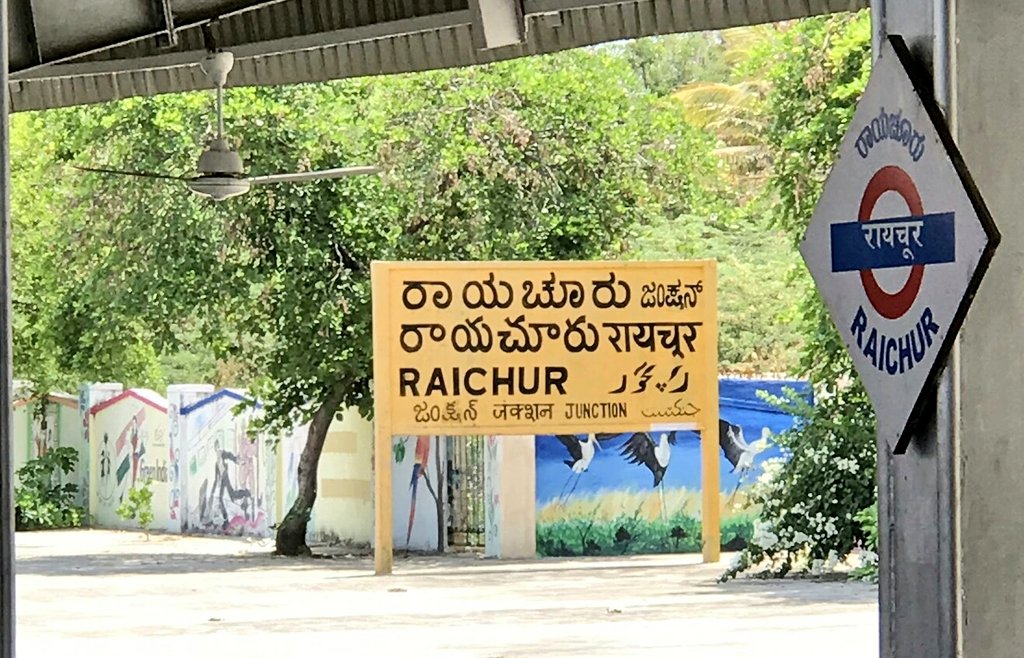
Language: kannada
Transcription: ರಾಯಚೂರು